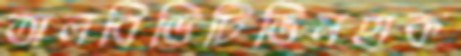
অলবিডিটিভিমহাক